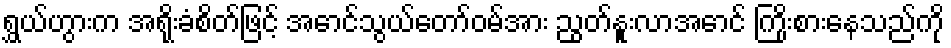
ရွှယ်ဟွားက အရိုးခံစိတ်ဖြင့် အောင်သွယ်တော်ဝမ်အား ညွတ်နူးလာအောင် ကြိုးစားနေသည်ကို